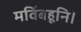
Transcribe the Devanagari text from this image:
मविंबहूनि।